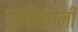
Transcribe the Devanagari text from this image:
संचिकांनी